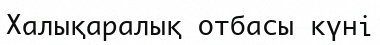
Халықаралық отбасы күні